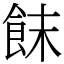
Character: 䬴